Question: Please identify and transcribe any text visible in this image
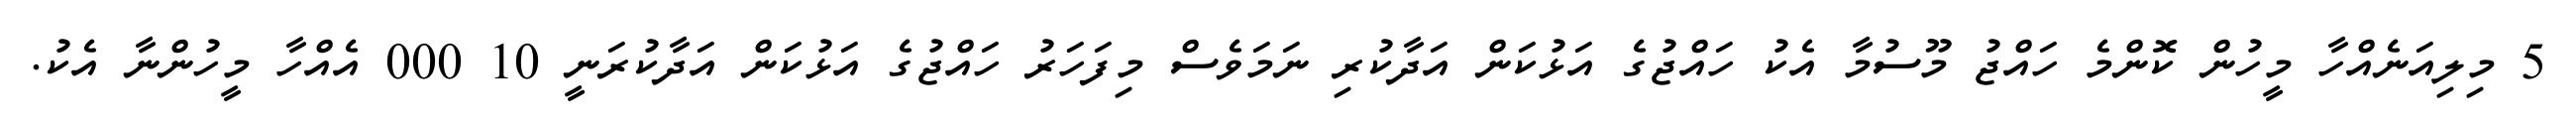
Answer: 5 މިލިއަނެއްހާ މީހުން ކޮންމެ ހައްޖު މޫސުމާ އެކު ހައްޖުގެ އަޅުކަން އަދާކުރި ނަމަވެސް މިފަހަރު ހައްޖުގެ އަޅުކަން އަދާކުރަނީ 10 000 އެއްހާ މީހުންނާ އެކު.